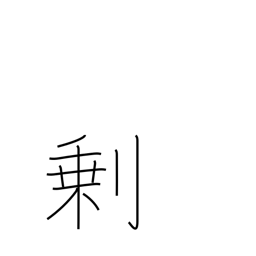
Meaning: surplus